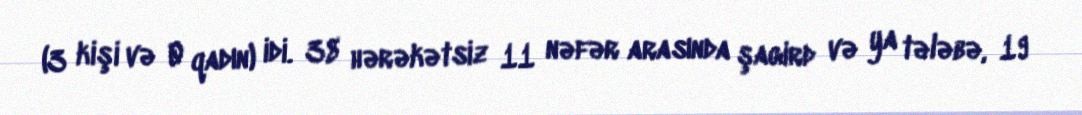
(3 kişi və 0 qadın) idi. 38 hərəkətsiz 11 nəfər arasında şagird və ya tələbə, 19